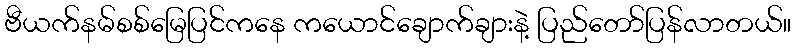
ဗီယက်နမ်စစ်မြေပြင်ကနေ ကယောင်ချောက်ချားနဲ့ ပြည်တော်ပြန်လာတယ်။